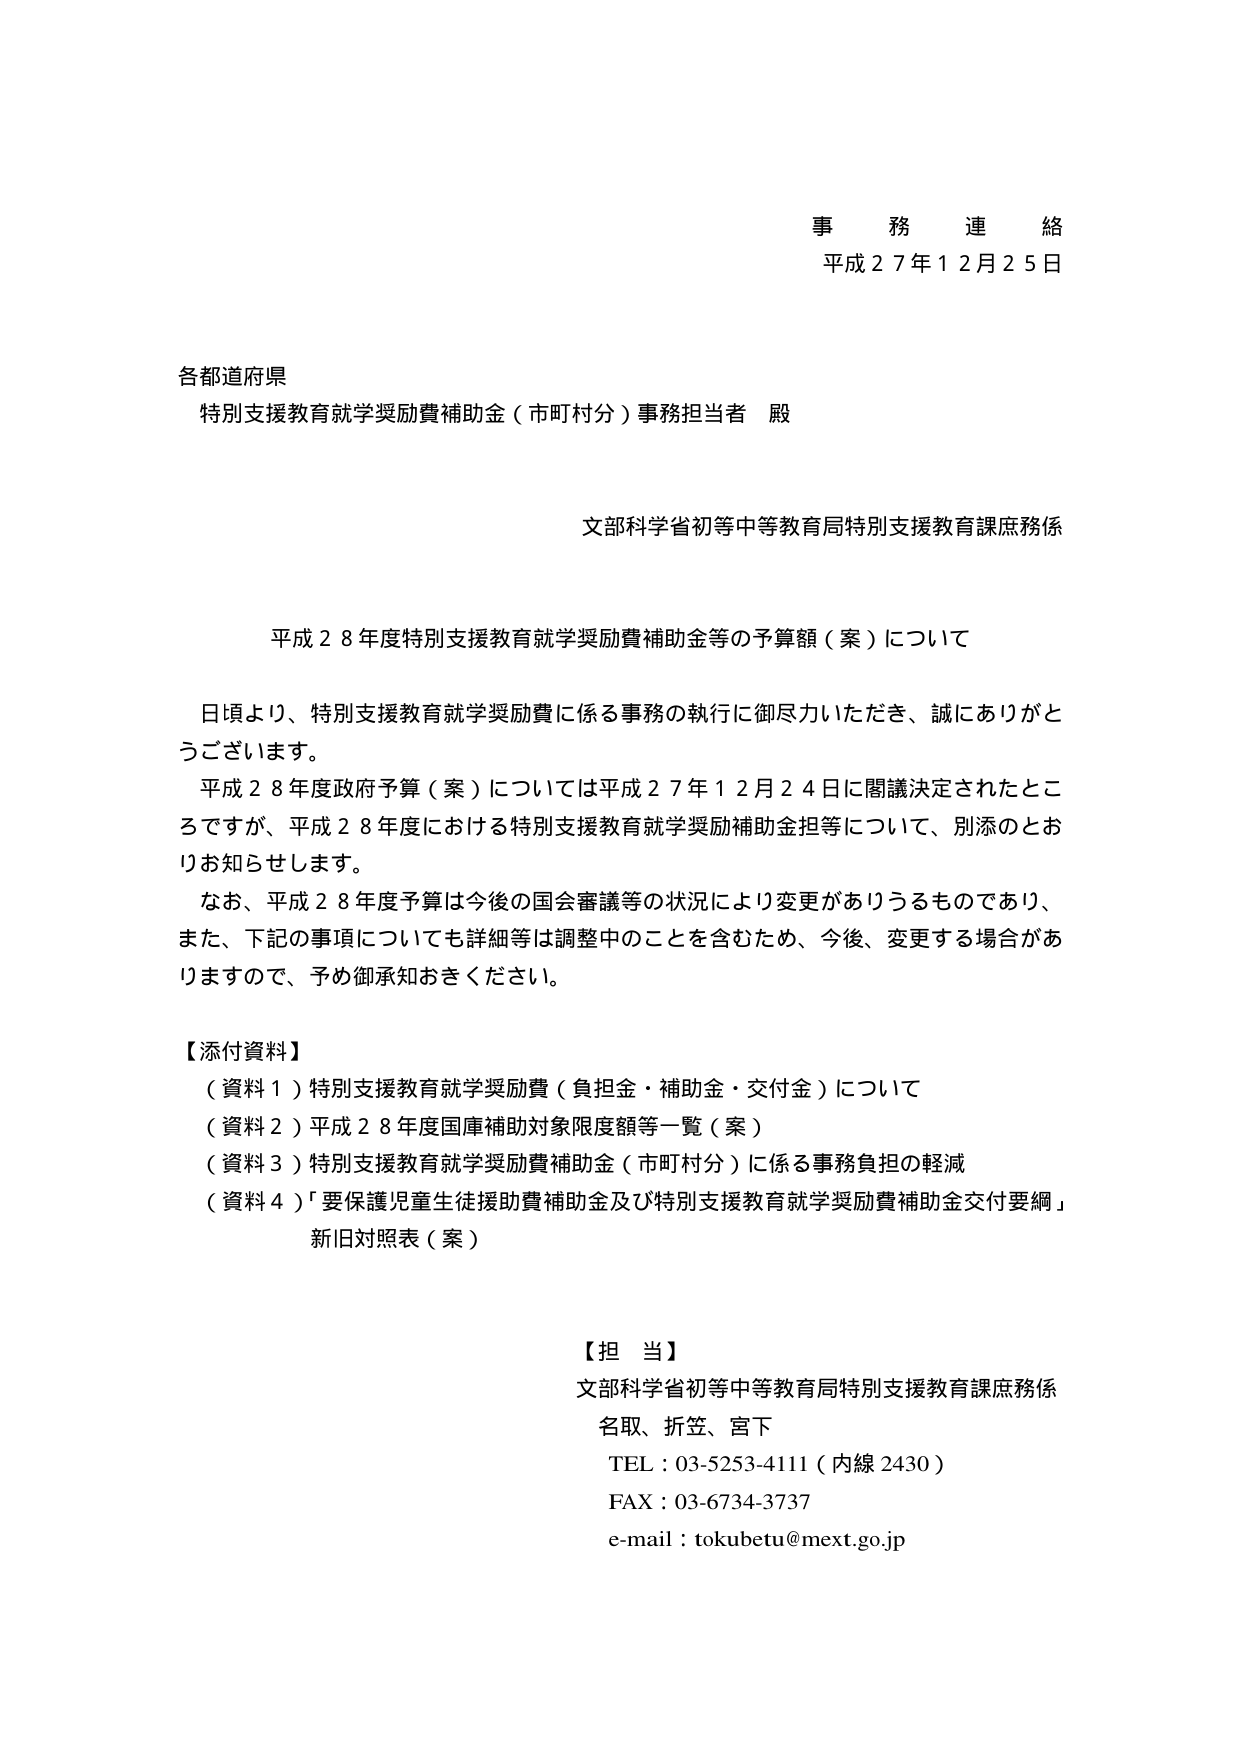
事務連絡
平成２７年１２月２５日

各都道府県
特別支援教育就学奨励費補助金（市町村分）事務担当者 殿

文部科学省初等中等教育局特別支援教育課庶務係

平成２８年度特別支援教育就学奨励費補助金等の予算額（案）について

日頃より、特別支援教育就学奨励費に係る事務の執行に御尽力いただき、誠にありがとうございます。
平成２８年度政府予算（案）については平成２７年１２月２４日に閣議決定されたところですが、平成２８年度における特別支援教育就学奨励補助金担等について、別添のとおりお知らせします。
なお、平成２８年度予算は今後の国会審議等の状況により変更がありうるものであり、また、下記の事項についても詳細等は調整中のことを含むため、今後、変更する場合がありますので、予め御承知おきください。

【添付資料】
（資料１）特別支援教育就学奨励費（負担金・補助金・交付金）について
（資料２）平成２８年度国庫補助対象限度額等一覧（案）
（資料３）特別支援教育就学奨励費補助金（市町村分）に係る事務負担の軽減
（資料４）「要保護児童生徒援助費補助金及び特別支援教育就学奨励費補助金交付要綱」新旧対照表（案）

【担当】
文部科学省初等中等教育局特別支援教育課庶務係
名取、折笠、宮下
TEL：03-5253-4111（内線2430）
FAX：03-6734-3737
e-mail：tokubetu@mext.go.jp